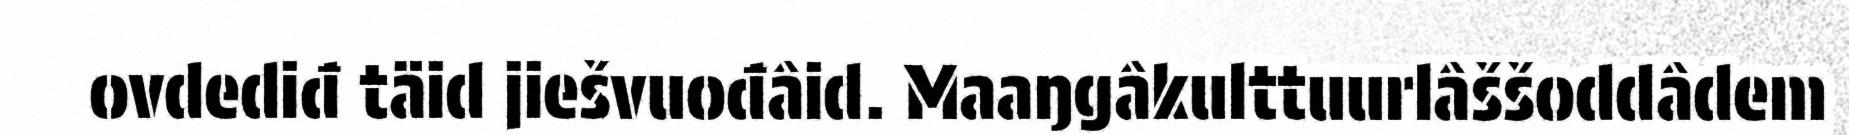
ovdediđ täid jiešvuođâid. Maaŋgâkulttuurlâššoddâdem